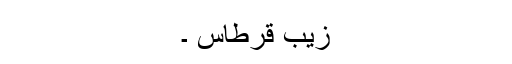
زیب قرطاس ۔